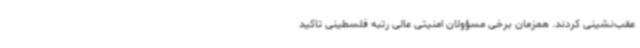
عقب‌نشینی کردند. همزمان برخی مسؤولان امنیتی عالی رتبه فلسطینی تاکید